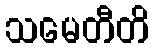
သမေတီတိ